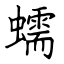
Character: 蠕